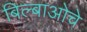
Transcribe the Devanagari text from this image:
बिल्बाओचे